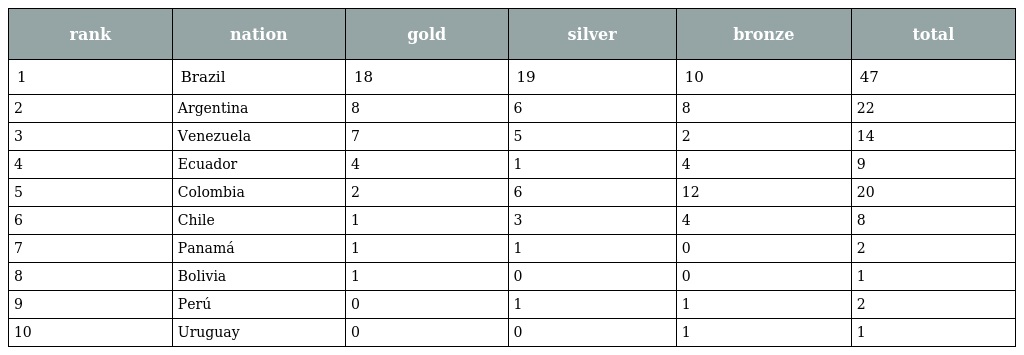
| rank | nation | gold | silver | bronze | total |
 | --- | --- | --- | --- | --- | --- |
 | 1 | Brazil | 18 | 19 | 10 | 47 |
 | 2 | Argentina | 8 | 6 | 8 | 22 |
 | 3 | Venezuela | 7 | 5 | 2 | 14 |
 | 4 | Ecuador | 4 | 1 | 4 | 9 |
 | 5 | Colombia | 2 | 6 | 12 | 20 |
 | 6 | Chile | 1 | 3 | 4 | 8 |
 | 7 | Panamá | 1 | 1 | 0 | 2 |
 | 8 | Bolivia | 1 | 0 | 0 | 1 |
 | 9 | Perú | 0 | 1 | 1 | 2 |
 | 10 | Uruguay | 0 | 0 | 1 | 1 |